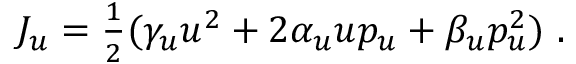
\begin{array} { r } { J _ { u } = \frac { 1 } { 2 } ( \gamma _ { u } u ^ { 2 } + 2 \alpha _ { u } u p _ { u } + \beta _ { u } p _ { u } ^ { 2 } ) \ . } \end{array}